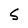
Character: S